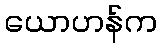
ယောဟန်က